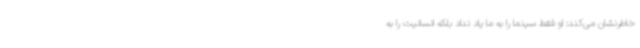
خاطرنشان می‌کند: او فقط سینما را به ما یاد نداد بلکه انسانیت را به